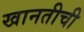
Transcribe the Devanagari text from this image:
खानतीची